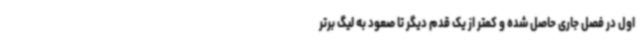
اول در فصل جاری حاصل شده و کمتر از یک قدم دیگر تا صعود به لیگ برتر